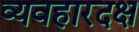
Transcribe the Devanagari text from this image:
व्यवहारदक्ष